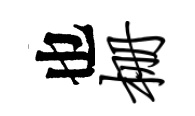
也栅